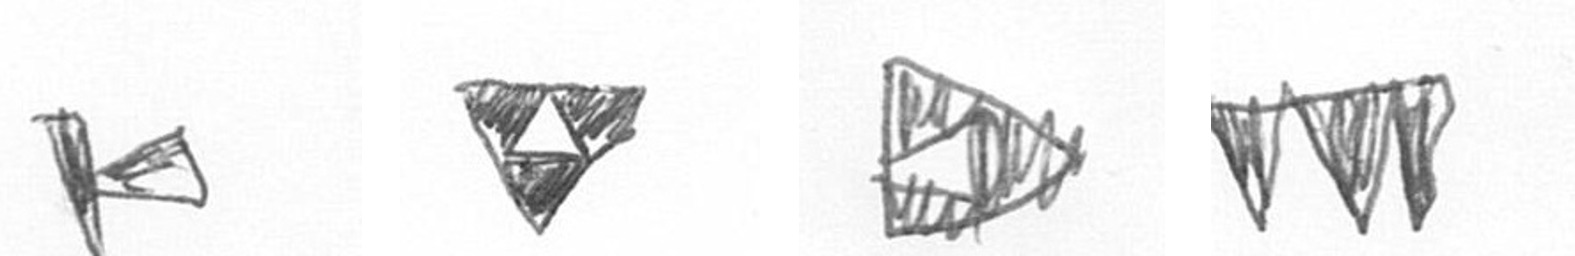
F S K L